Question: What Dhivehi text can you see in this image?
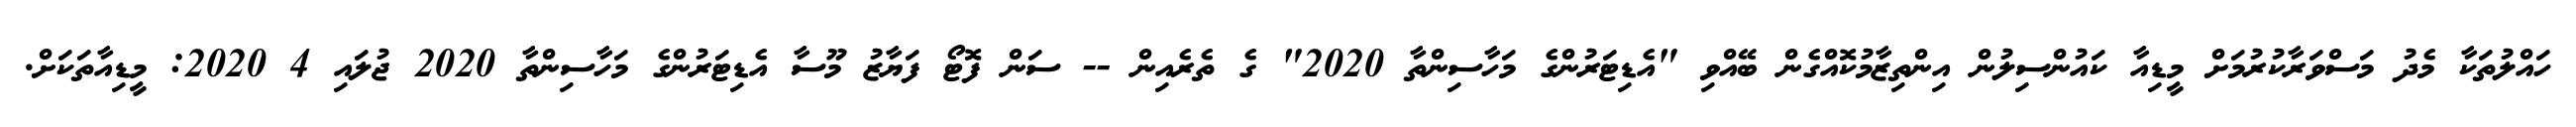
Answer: ހައްލުތަކާ މެދު މަސްވަރާކުރުމަށް މީޑިއާ ކައުންސިލުން އިންތިޒާމުކޮއްގެން ބޭއްވި "އެޑިޓަރުންގެ މަހާސިންތާ 2020" ގެ ތެރެއިން -- ސަން ފޮޓޯ ފަޔާޒު މޫސާ އެޑިޓަރުންގެ މަހާސިންތާ 2020 ޖުލައި 4 2020: މީޑިއާތަކަށް.